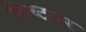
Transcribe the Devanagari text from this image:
फिच्टनर